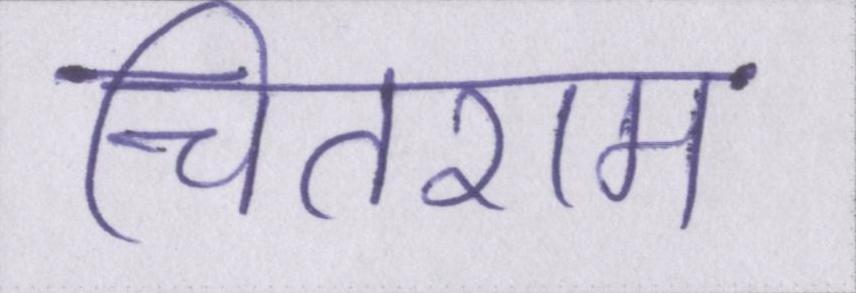
चितराम